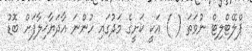
ޕްލޭޓްލިޓް ނުވަތަ ( ) އަކީ ކަށީގެ މަދުގައި ހުންނަ އާދަޔާޚިލާފަށް ބޮޑު